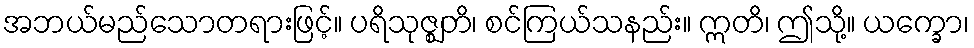
အဘယ်မည်သောတရားဖြင့်။ ပရိသုဇ္ဈတိ၊ စင်ကြယ်သနည်း။ ဣတိ၊ ဤသို့။ ယက္ခော၊